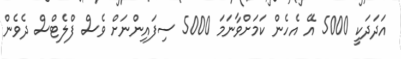
އަދަދަކީ 5000 އޭ އެހެން ކަމަށްވާނަމަ 5000 ސިފައިންނަށް ވެސް ފްލެޓްސް ދެވެން